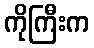
ကိုကြီးက